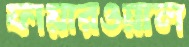
ফায়ারওয়াল